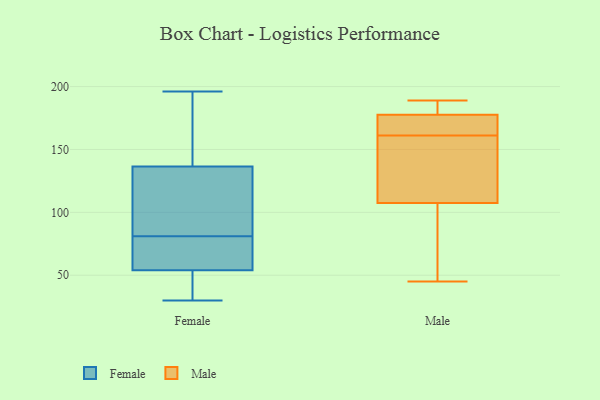
{"axis": {"x": "Population (Million)", "y": "Value"}, "legend": ["Female", "Male"], "data": [{"x": "", "y": 196, "type": "Female"}, {"x": "", "y": 71, "type": "Female"}, {"x": "", "y": 89, "type": "Female"}, {"x": "", "y": 173, "type": "Female"}, {"x": "", "y": 56, "type": "Female"}, {"x": "", "y": 194, "type": "Female"}, {"x": "", "y": 76, "type": "Female"}, {"x": "", "y": 31, "type": "Female"}, {"x": "", "y": 90, "type": "Female"}, {"x": "", "y": 114, "type": "Female"}, {"x": "", "y": 159, "type": "Female"}, {"x": "", "y": 52, "type": "Female"}, {"x": "", "y": 58, "type": "Female"}, {"x": "", "y": 41, "type": "Female"}, {"x": "", "y": 86, "type": "Female"}, {"x": "", "y": 30, "type": "Female"}, {"x": "", "y": 97, "type": "Male"}, {"x": "", "y": 118, "type": "Male"}, {"x": "", "y": 161, "type": "Male"}, {"x": "", "y": 162, "type": "Male"}, {"x": "", "y": 50, "type": "Male"}, {"x": "", "y": 185, "type": "Male"}, {"x": "", "y": 176, "type": "Male"}, {"x": "", "y": 182, "type": "Male"}, {"x": "", "y": 168, "type": "Male"}, {"x": "", "y": 45, "type": "Male"}, {"x": "", "y": 189, "type": "Male"}, {"x": "", "y": 111, "type": "Male"}, {"x": "", "y": 145, "type": "Male"}]}